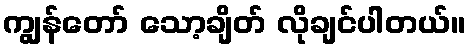
ကျွန်တော် သော့ချိတ် လိုချင်ပါတယ်။